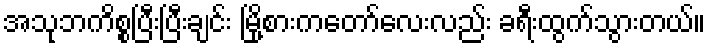
အသုဘကိစ္စပြီးပြီးချင်း မြို့စားကတော်လေးလည်း ခရီးထွက်သွားတယ်။